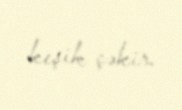
keşik çəkir.